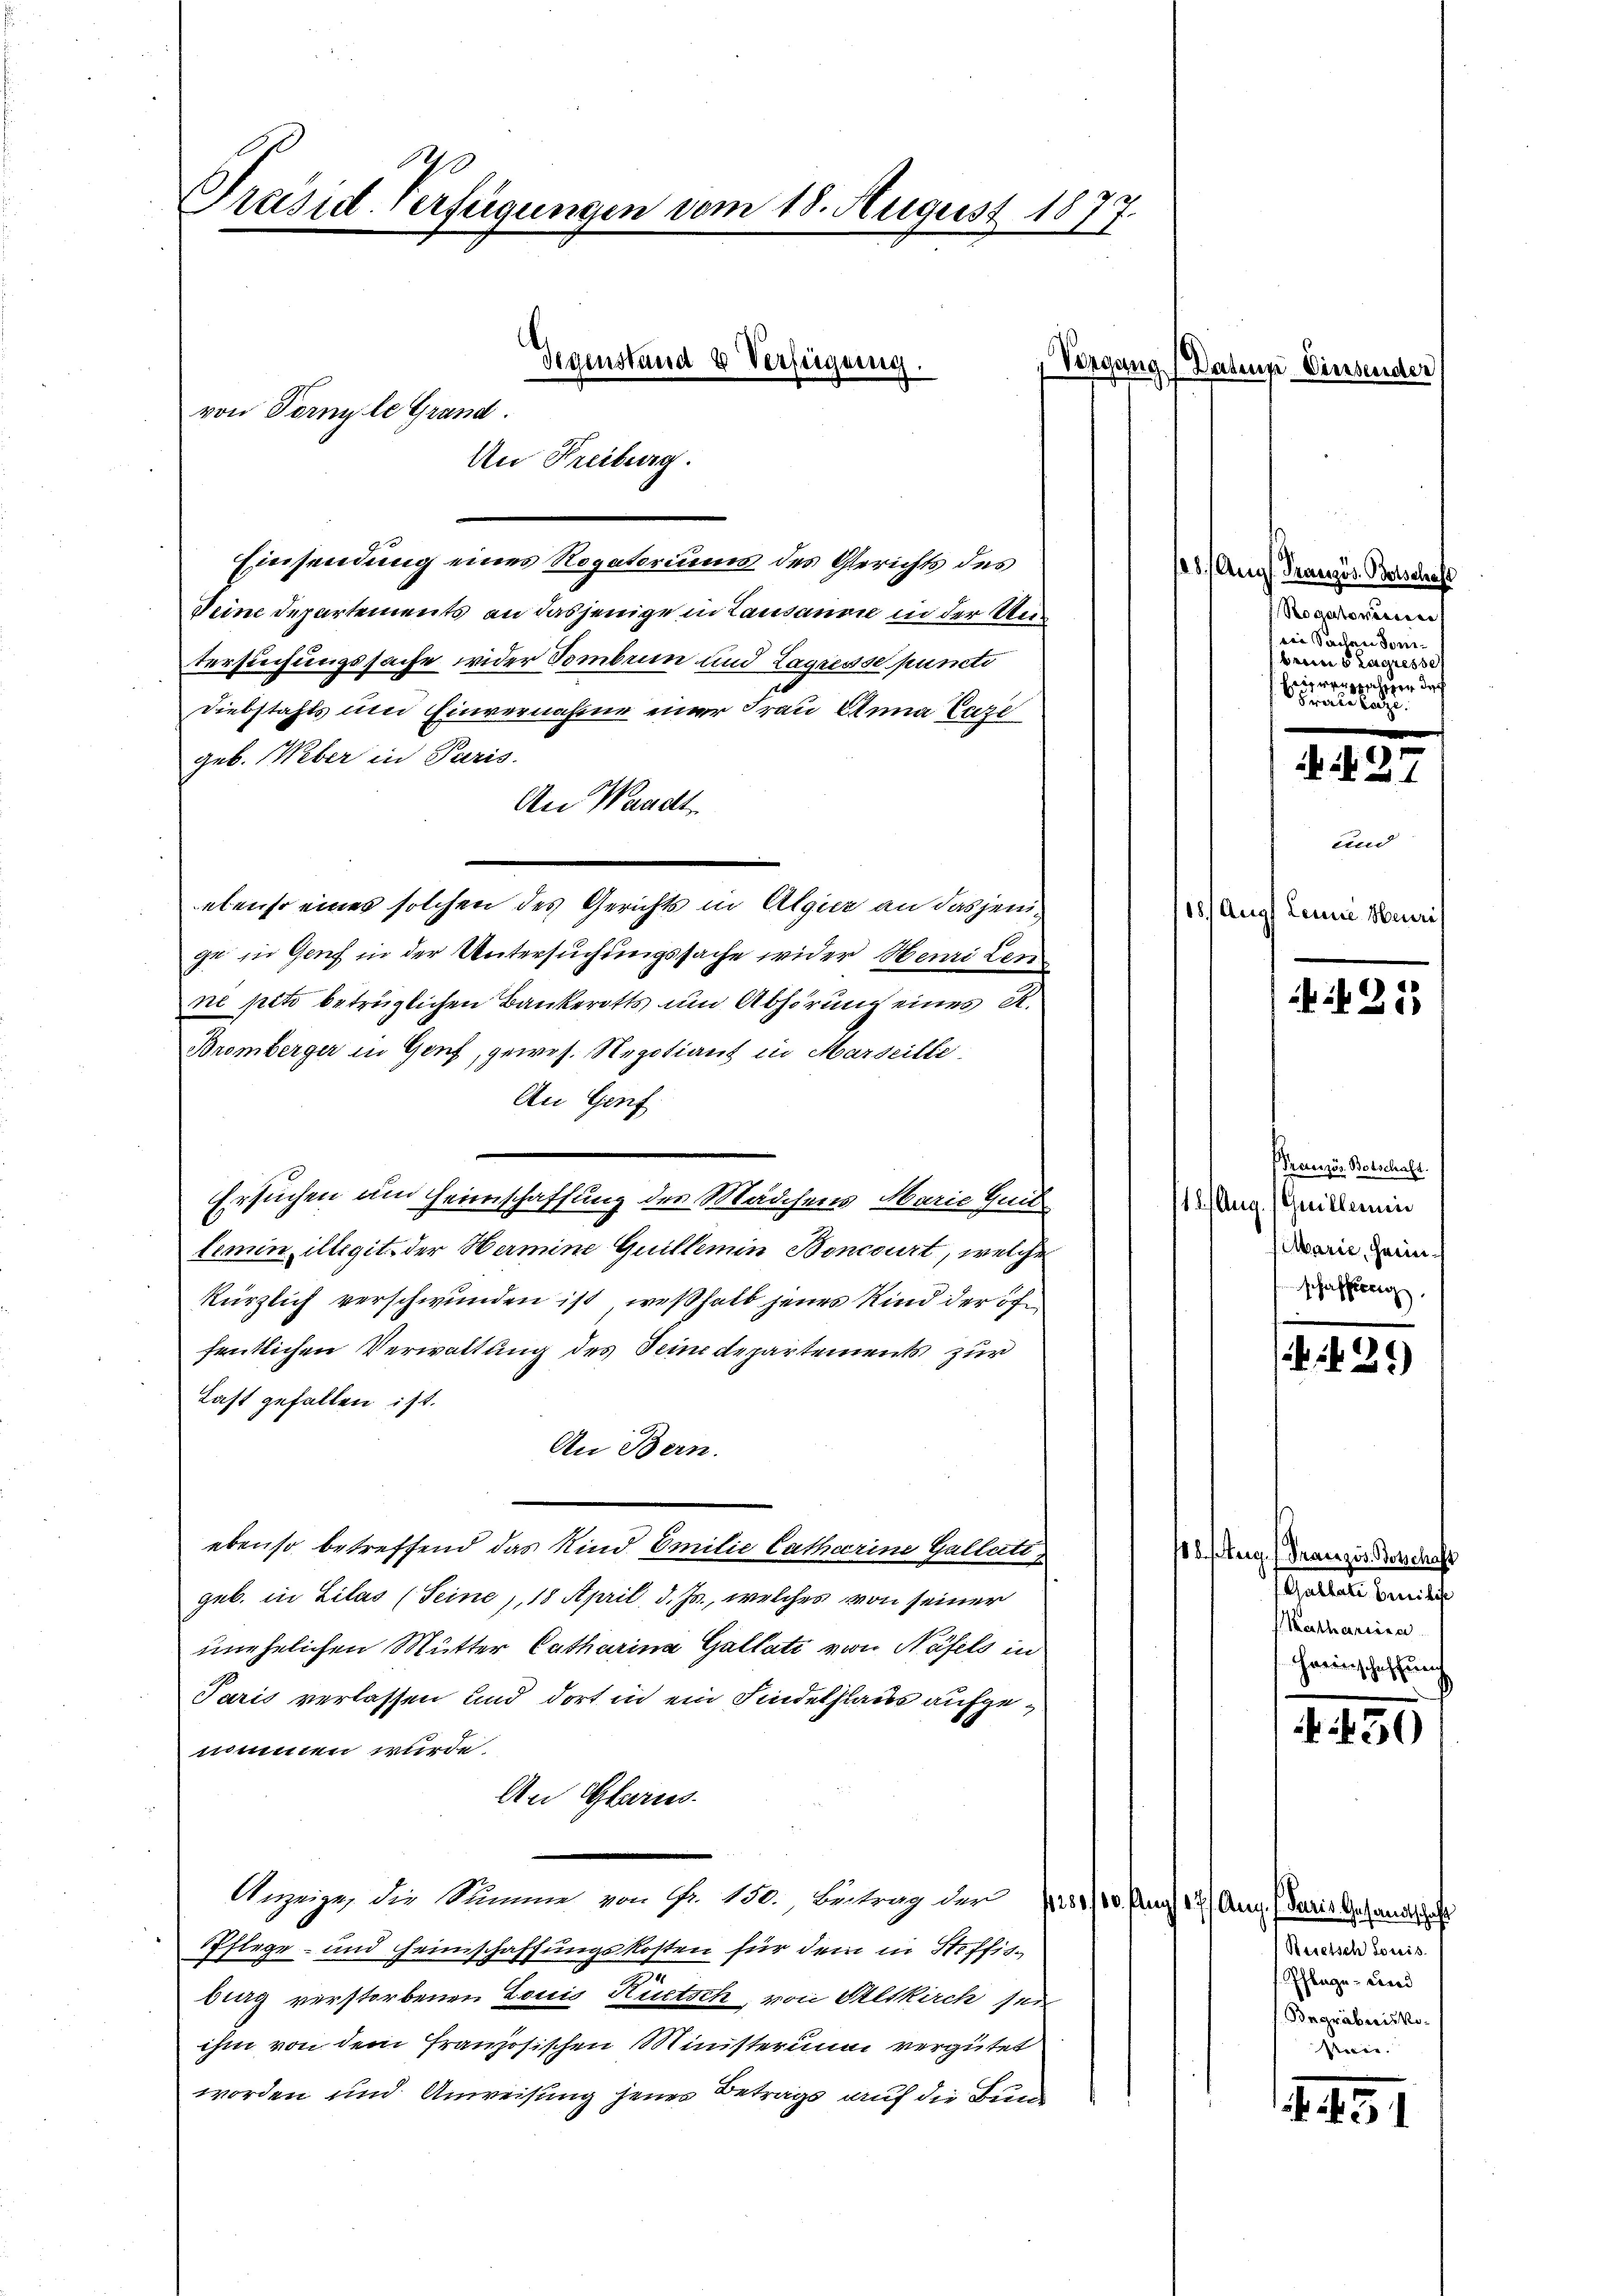
0
räsid. Verfügungen vom 18. August 1877.
2

Gegenstand 2 Verfügung.
von Formle Grand.
An Freiburg.

Einsendung eines Rogatoriums des Gerichts des
Deine Departements an dasjenige in Lausanon in der Untersuchungssache wider Sembrun und Lagresse puncti
Diebstahls und Einvernahme einer Frau Anna Cazi
geb. Weber in Paris.
An Waadt
ebenso eines solchen des Gerichts in Algier an dasjenige in Genf in der Untersuchungssache wider Henri Len
ne pito betrüglichen Bankerotts und Abhörung eines K.
Bremberger in Genf, gewes. Negotiant in Marseille
An Genf
.
Ersuchen um Heimschaffung des Mädchens Marie Zeit
lemin illegit der Hermine Guillemin Boncourt, welche
kürzlich verschwunden ist, weßhalb jenes Kind der öffentlichen Verwaltung des Seinedepartements zur
Last gefallen ist.
An Bern.
ebenso betreffend das Kind Emilie Catharine Gallati
geb. in Lilas (Seine, 18 April, d. Js., welches von seiner
unehelichen Mutter Catharina Gallati von Näfels in
Paris verlassen und dort in ein Findelhaus aufgenommen wurde.
An Glarus.
Anzeige, die Summe von Fr. 150. Beitrag der
Pflege- und Heimschaffungskosten für dem in Steffisbig verstorbenen Louis Rietsch, von Seskirch sei
ihm von dem französischen Ministerium vergütet
worden und Anweisung jener Betrags auf die Bund

Vorge

2

18. Aug. Französ. Botschaft
Rogatorisiere
rie Sachen domibeins Baares se
Franzsachen der
Fraulazi

18 Aug

(Datum Diessens

N. 2

und
Leine Heuris

25

Französ. Botschaft.
18. Aug. Guillerin
Marie, heimschafferi

29)

18. Aug. (Französ. Botschaft
Gallate beilige
Katharina
Harinschaffung

f. 450

17 Aug. daris Gesandtschaft
Reretsch Louis
Pflege und
f Begräbnisko.
Stein.

451